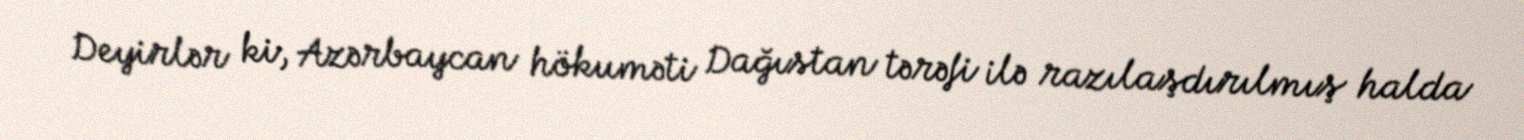
Deyirlər ki, Azərbaycan hökuməti Dağıstan tərəfi ilə razılaşdırılmış halda